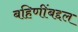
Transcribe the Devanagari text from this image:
बहिणींबद्दल